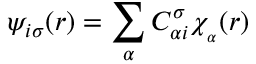
\psi _ { i \sigma } ( \boldsymbol { r } ) = \sum _ { \alpha } C _ { \alpha i } ^ { \sigma } \chi _ { _ { \alpha } } ( \boldsymbol { r } )